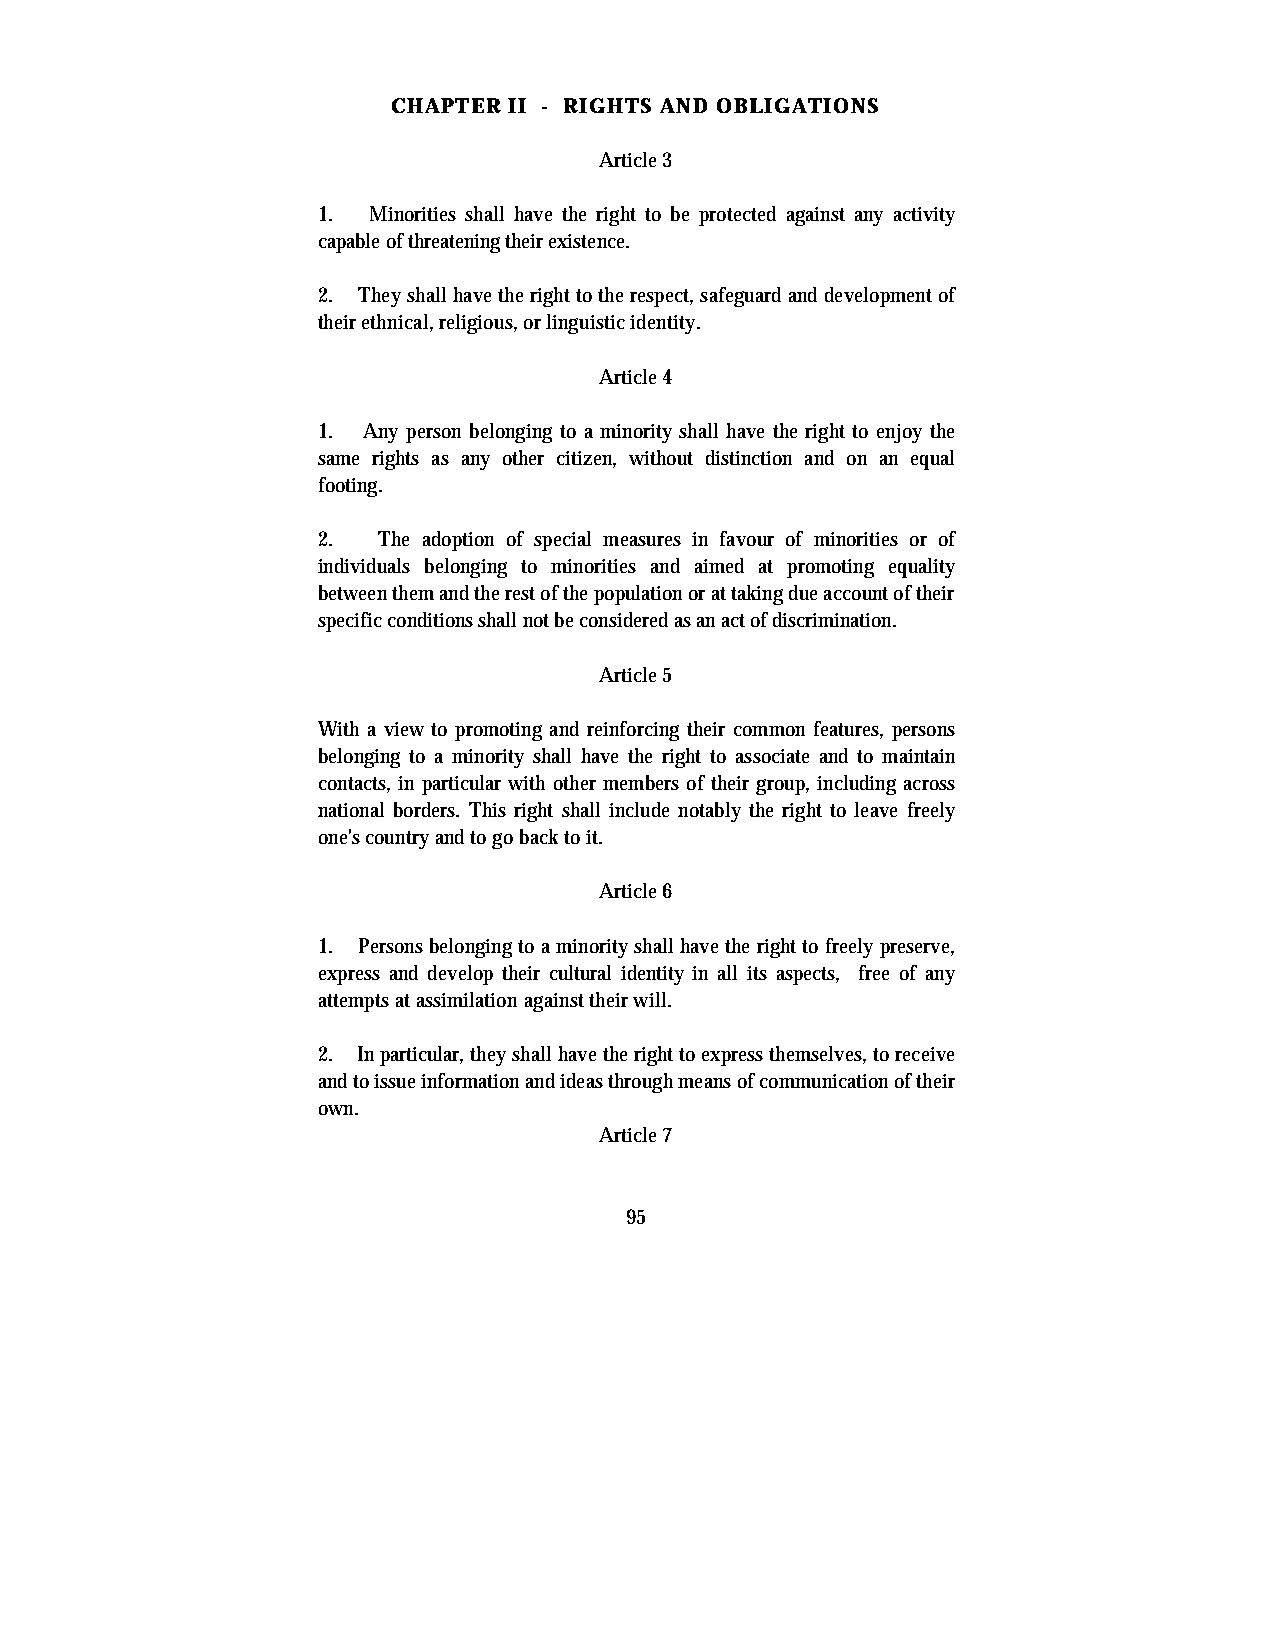
CHAPTER II - RIGHTS AND OBLIGATIONS
 Article 3
 1. Minorities shall have the right to be protected against any activity
 capable of threatening their existence.
 2. They shall have the right to the respect, safeguard and development of
 their ethnical, religious, or linguistic identity.
 Article 4
 1. Any person belonging to a minority shall have the right to enjoy the
 same rights as any other citizen, without distinction and on an equal
 footing.
 2.  The adoption of special measures in favour of minorities or of
 individuals belonging to minorities and aimed at promoting equality
 between them and the rest of the population or at taking due account of their
 specific conditions shall not be considered as an act of discrimination.
 Article 5
 With a view to promoting and reinforcing their common features, persons
 belonging to a minority shall have the right to associate and to maintain
 contacts, in particular with other members of their group, including across
 national borders. This right shall include notably the right to leave freely
 one's country and to go back to it.
 Article 6
 1. Persons belonging to a minority shall have the right to freely preserve,
 express and develop their cultural identity in all its aspects, free of any
 attempts at assimilation against their will.
 2. In particular, they shall have the right to express themselves, to receive
 and to issue information and ideas through means of communication of their
 own.
 Article 7
 95